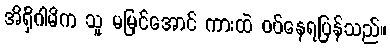
အိရှိဂါမိက သူ မမြင်အောင် ကားထဲ ဝပ်နေရပြန်သည်။